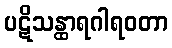
ပဋိသန္ထာရဂါရဝတာ